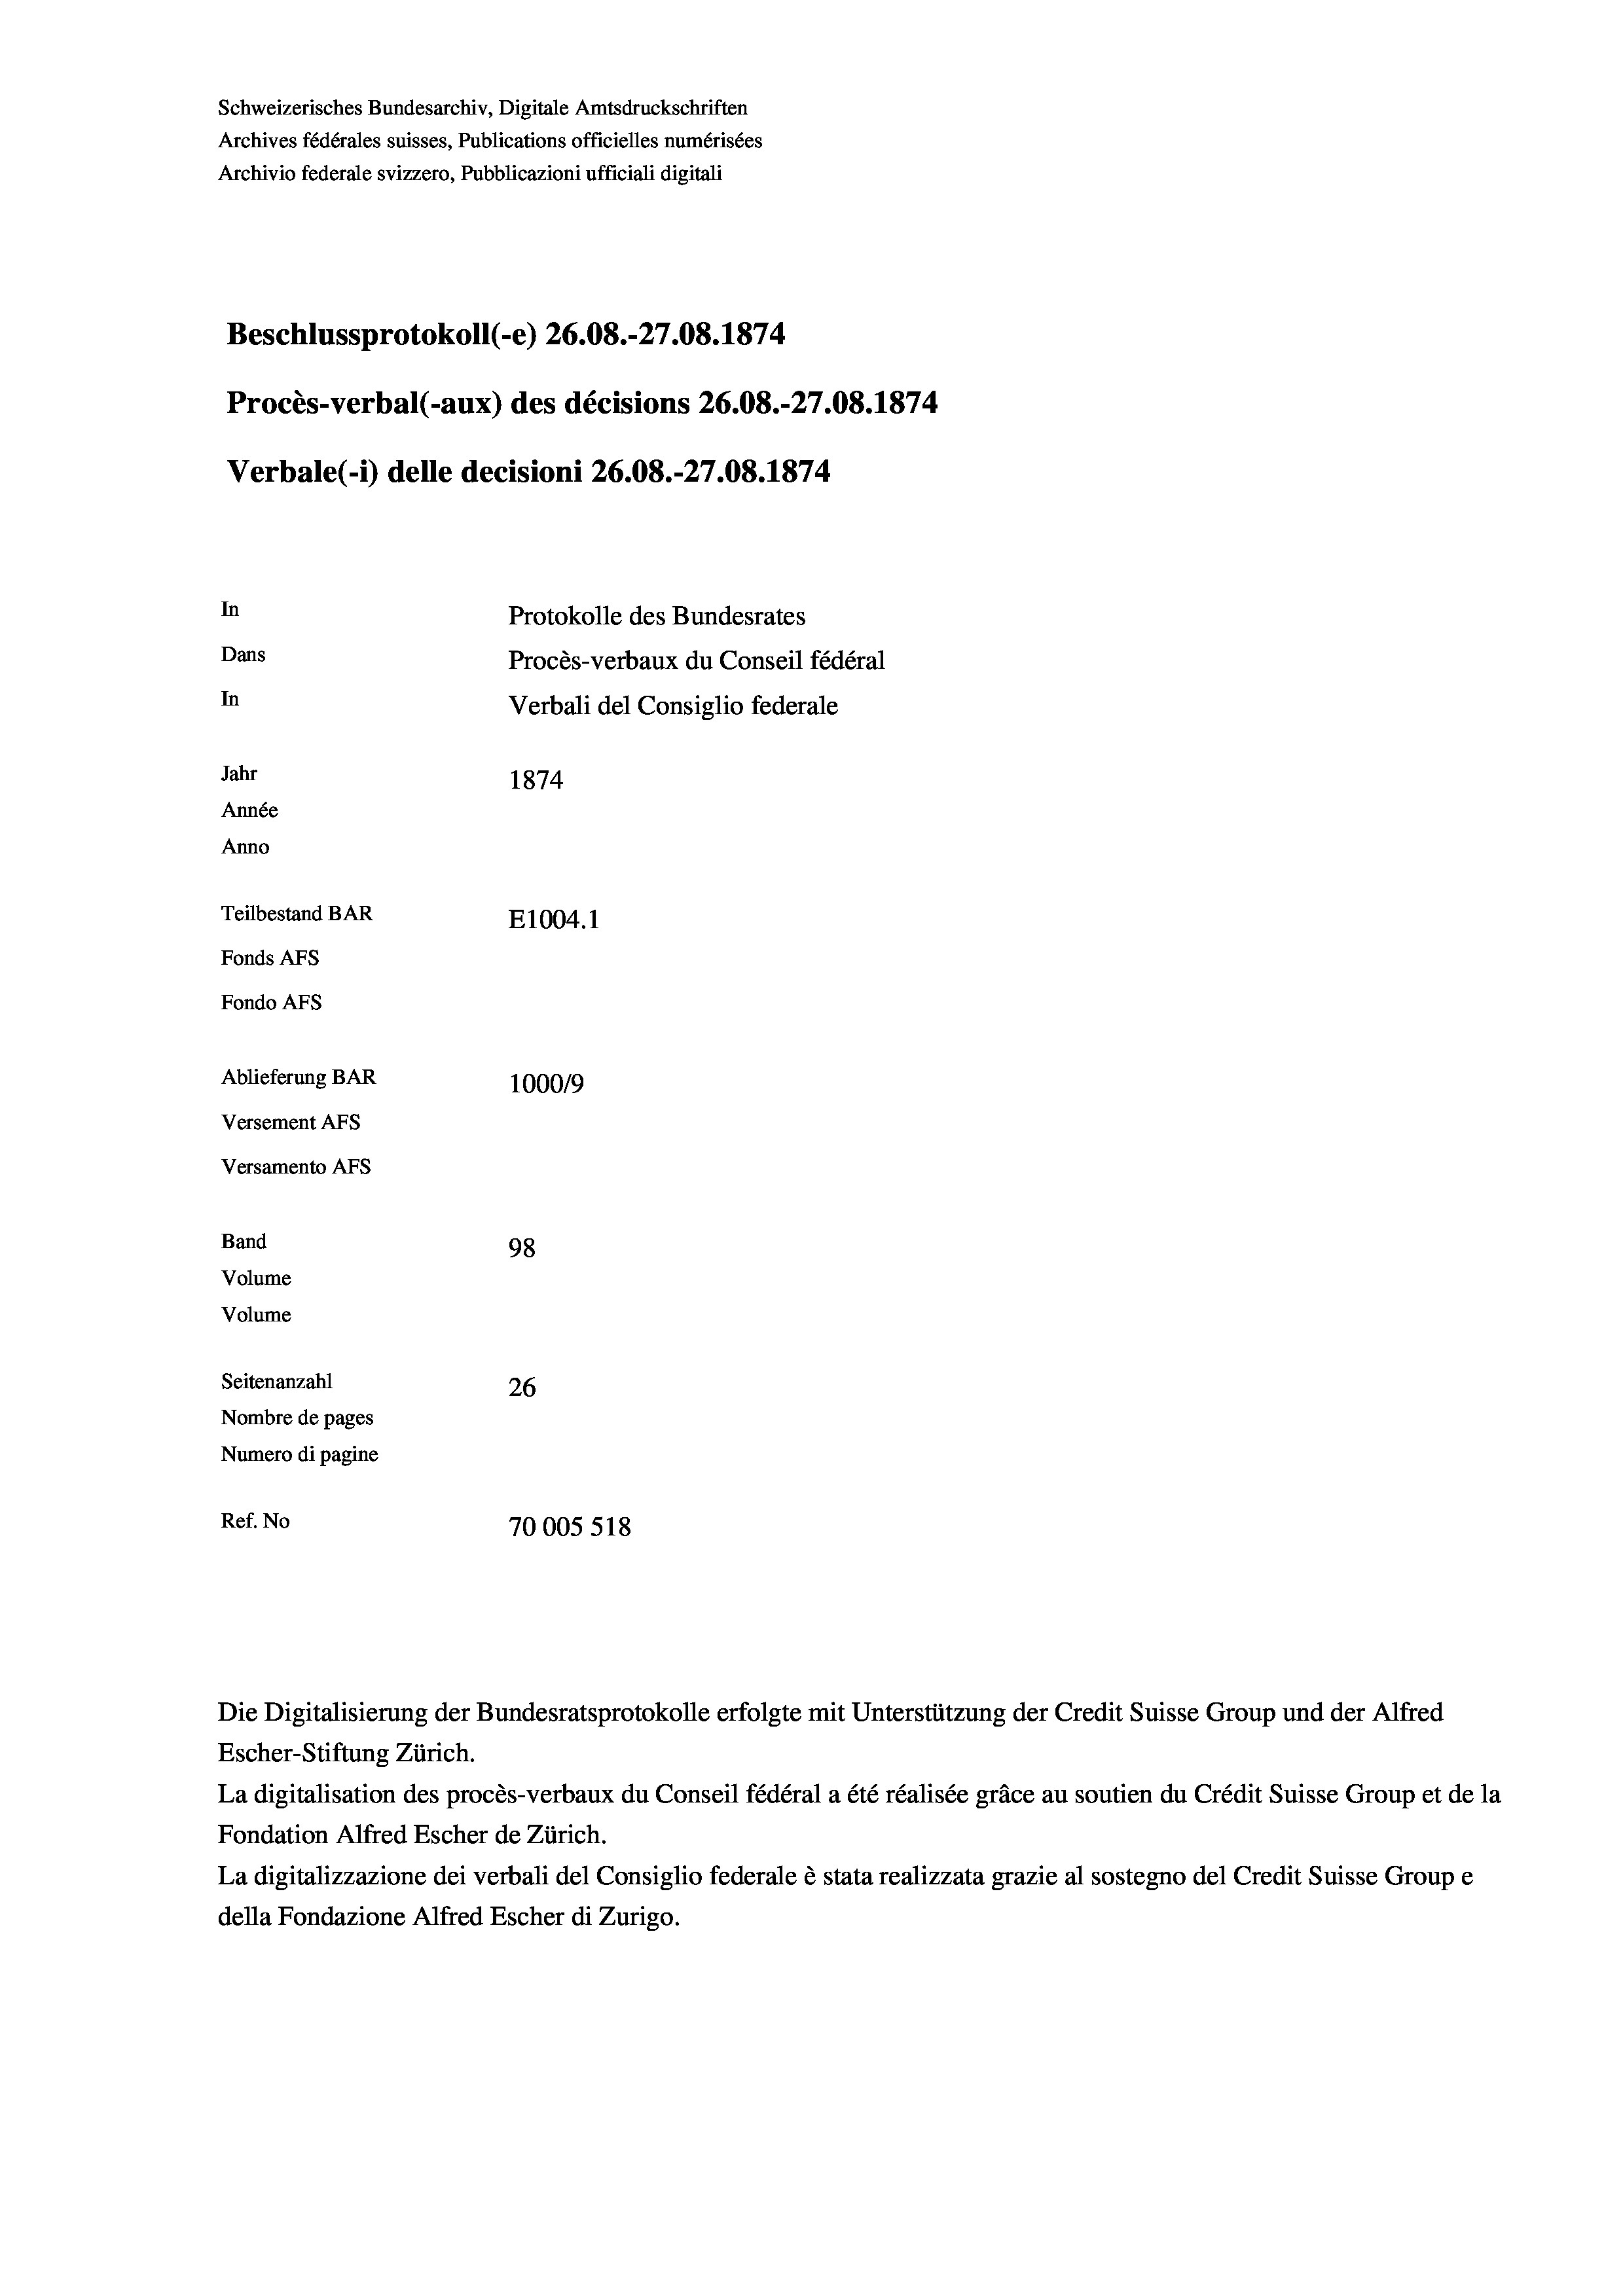
Schweizerisches Bundesarchiv, Digitale Amtsdruckschriften
Archives fédérales suisses, Publications officielles numérisées
Archivio federale svizzero, Pubblicazioni ufficiali digitali
Beschlussprotokoll (-e) 26.08.-27.08. 1874
Procès-verbal (-aux) des décisions 26.08.-27.08. 1874
Verbale (i) delle decisioni 26.08.-27.08. 1874
In
Protokolle des Bundesrates
Dans
Procès-verbaux du Conseil fédéral
In
Verbali del Consiglio federale
Jahr
1874
Année
Anno
Teilbestand BAR
E1004. 1
Fonds AFs
Fondo AFS
Ablieferung BAR
1000/9
Versement AFs
Versamento AFs
Band
98
Volume
Volume
Seitenanzahl
26
Nombre de pages
Numero di pagine
Ref. No
70005 518

Die Digitalisierung der Bundesratsprotokolle erfolgte mit Unterstützung der Credit Suisse Group und der Alfred
Escher-Stiftung Zürich.
La digitalisation des procès-verbaux du Conseil fédéral a été réalisée gräce au soutien du Crédit Suisse Group et de la
Fondation Alfred Escher de Zürich.
La digitalizzazione dei verbali del Consiglio federale è stata realizzata grazie al sostegno del Credit Suisse Groupe
della Fondazione Alfred Escher di Zurigo.